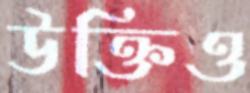
উক্তিও